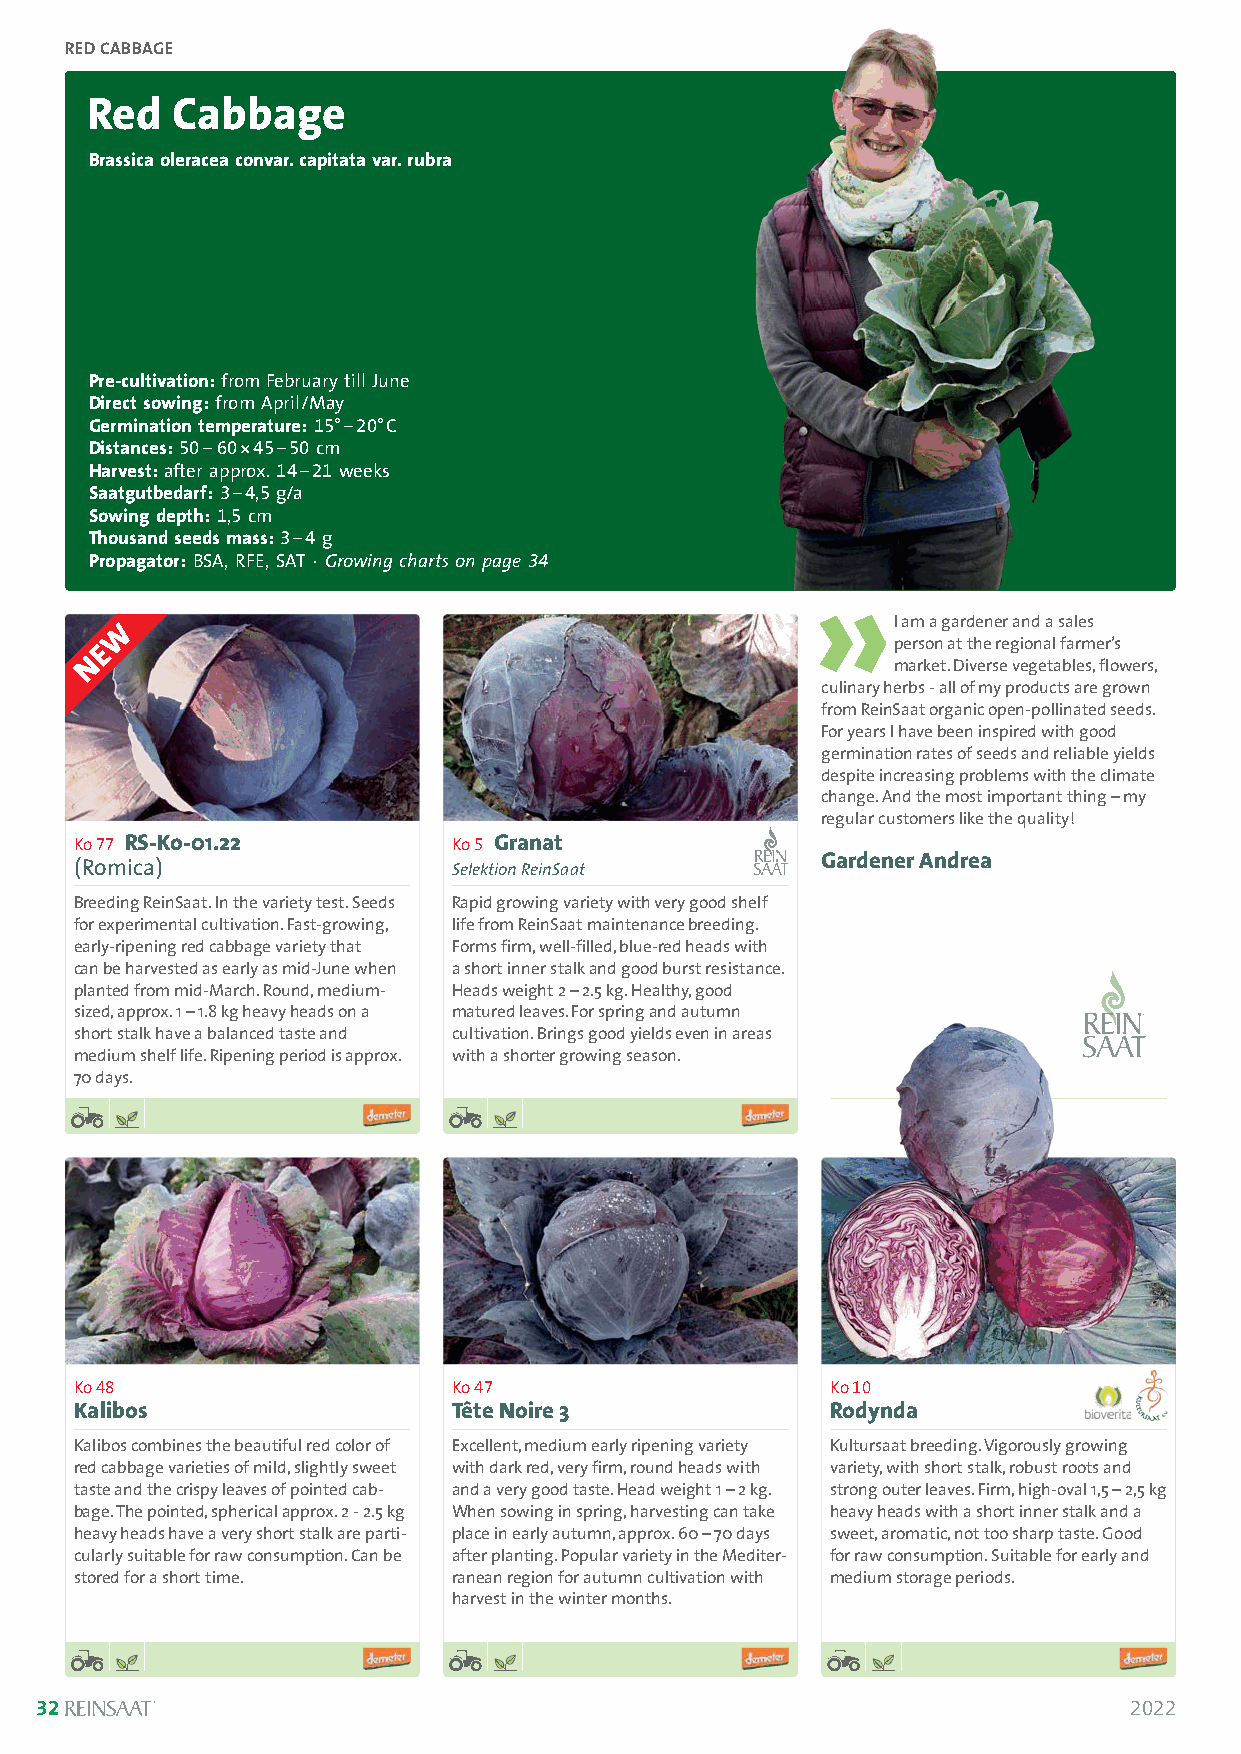
RED CABBAGE
 Red  Cabbage
 Brassica oleracea convar. capitata var. rubra
 Pre-cultivation: from February till June
 Direct sowing: from April/May
 Germination temperature: 15°–20°C
 Distances:50–60*45–50 cm
 Harvest:after approx. 14–21weeks
 Saatgutbedarf:3–4,5g/a
 Sowing depth:1,5cm
 Thousand seeds mass:3–4 g
 Propagator:BSA, RFE, SAT · Growing charts on page 34
 I am a gardener and a sales
 person at the regional farmer’s
 market. Diverse vegetables, flowers,
 culinary herbs - all of my products are grown
 from ReinSaat organic open-pollinated seeds.
 For years I have been inspired with good
 germination rates of seeds and reliable yields
 despite increasing problems with the climate
 change. And the most important thing –my
 regular customers like the quality!
 Ko 77 RS-Ko-01.22        Ko 5 Granat
 Gardener Andrea
 (Romica)                 Selektion ReinSaat
 Breeding ReinSaat. In the variety test. Seeds Rapid growing variety with very good shelf
 for experimental cultivation. Fast-growing, life from ReinSaat maintenance breeding.
 early-ripening red cabbage variety that Forms firm, well-filled, blue-red heads with
 can be harvested as early as mid-June when a short inner stalk and good burst resistance.
 planted from mid-March. Round, medium- Heads weight 2 –2.5 kg. Healthy, good
 sized, approx. 1 –1.8 kg heavy heads on a matured leaves. For spring and autumn
 short stalk have a balanced taste and cultivation. Brings good yields even in areas
 medium shelf life. Ripening period is approx. with a shorter growing season.
 70 days.
 Ko 48                    Ko 47                    Ko 10
 Kalibos                  Tête Noire 3             Rodynda
 Kalibos combines the beautiful red color of Excellent, medium early ripening variety Kultursaat breeding. Vigorously growing
 red cabbage varieties of mild, slightly sweet with dark red, very firm, round heads with variety, with short stalk, robust roots and
 taste and the crispy leaves of pointed cab- and a very good taste. Head weight 1 –2 kg. strong outer leaves. Firm, high-oval 1,5 – 2,5 kg
 bage. The pointed, spherical approx. 2 - 2.5 kg When sowing in spring, harvesting can take heavy heads with a short inner stalk and a
 heavy heads have a very short stalk are parti- place in early autumn, approx. 60 –70 days sweet, aromatic, not too sharp taste. Good
 cularly suitable for raw consumption. Can be after planting. Popular variety in the Mediter- for raw consumption. Suitable for early and
 stored for a short time. ranean region for autumn cultivation with medium storage periods.
 harvest in the winter months.
 32                                                                       2022